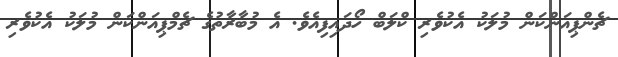
ޗެންޕިއަންކަން މުލަކު އެކުވެރި ކްލަބް ހޯދައިފިއެވެ. އެ މުބާރާތުގެ ޗެމްޕިއަންކަން މުލަކު އެކުވެރި